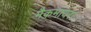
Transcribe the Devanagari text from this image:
मैकमायरा